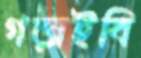
গড়াইবি